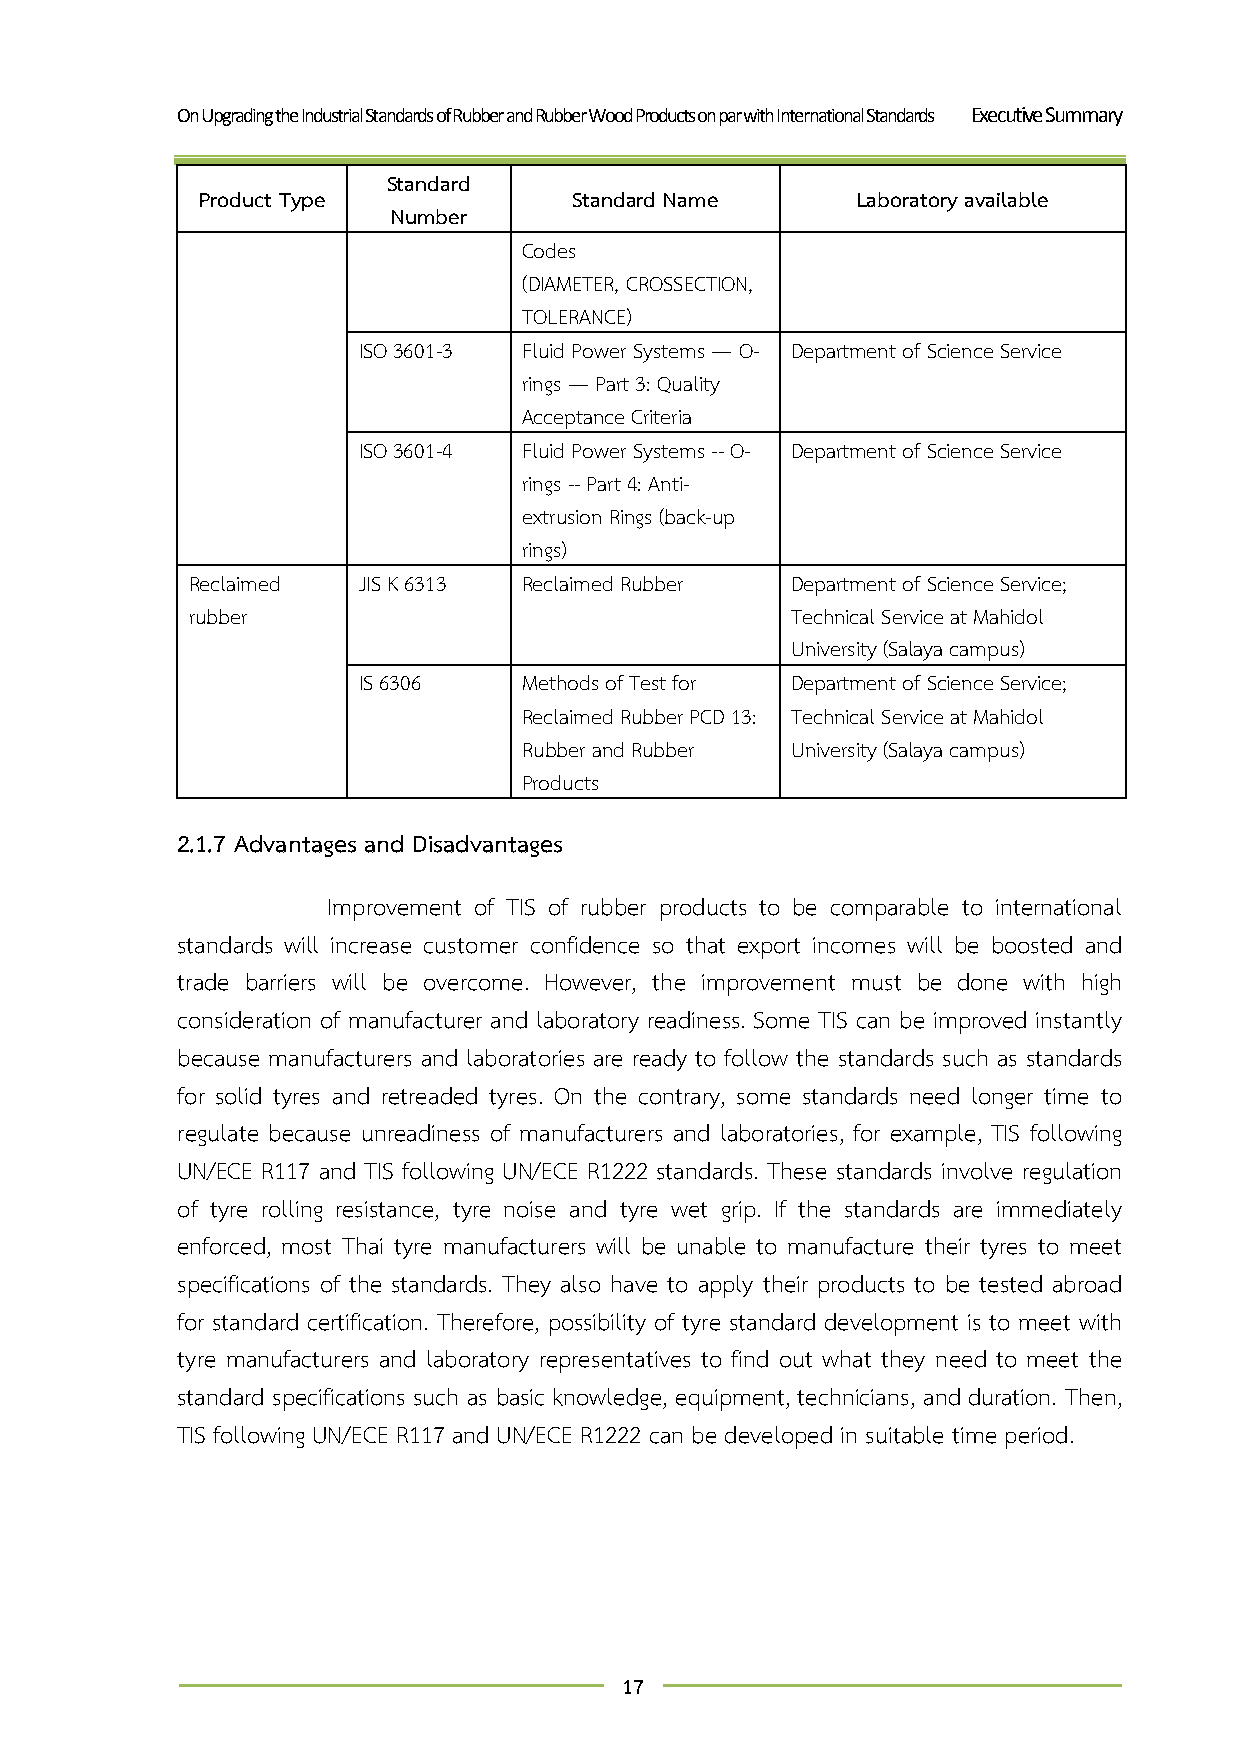
On Upgrading the Industrial Standards of Rubber and Rubber Wood Products on par with International Standards Executive Summary
 Standard
 Product Type             Standard Name      Laboratory available
 Number
 Codes
 (DIAMETER, CROSSECTION,
 TOLERANCE)
 ISO 3601-3 Fluid Power Systems — O- Department of Science Service
 rings — Part 3: Quality
 Acceptance Criteria
 ISO 3601-4 Fluid Power Systems -- O- Department of Science Service
 rings -- Part 4: Anti-
 extrusion Rings (back-up
 rings)
 Reclaimed   JIS K 6313 Reclaimed Rubber Department of Science Service;
 rubber                                  Technical Service at Mahidol
 University (Salaya campus)
 IS 6306    Methods of Test for Department of Science Service;
 Reclaimed Rubber PCD 13: Technical Service at Mahidol
 Rubber and Rubber University (Salaya campus)
 Products
 2.1.7 Advantages and Disadvantages
 Improvement of TIS of rubber products to be comparable to international
 standards will increase customer confidence so that export incomes will be boosted and
 trade barriers will be overcome. However, the improvement must be done with high
 consideration of manufacturer and laboratory readiness. Some TIS can be improved instantly
 because manufacturers and laboratories are ready to follow the standards such as standards
 for solid tyres and retreaded tyres. On the contrary, some standards need longer time to
 regulate because unreadiness of manufacturers and laboratories, for example, TIS following
 UN/ECE R117 and TIS following UN/ECE R1222 standards. These standards involve regulation
 of tyre rolling resistance, tyre noise and tyre wet grip. If the standards are immediately
 enforced, most Thai tyre manufacturers will be unable to manufacture their tyres to meet
 specifications of the standards. They also have to apply their products to be tested abroad
 for standard certification. Therefore, possibility of tyre standard development is to meet with
 tyre manufacturers and laboratory representatives to find out what they need to meet the
 standard specifications such as basic knowledge, equipment, technicians, and duration. Then,
 TIS following UN/ECE R117 and UN/ECE R1222 can be developed in suitable time period.
 17